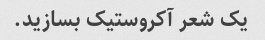
یک شعر آکروستیک بسازید.